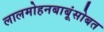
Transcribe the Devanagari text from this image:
लालमोहनबाबूंसोबत